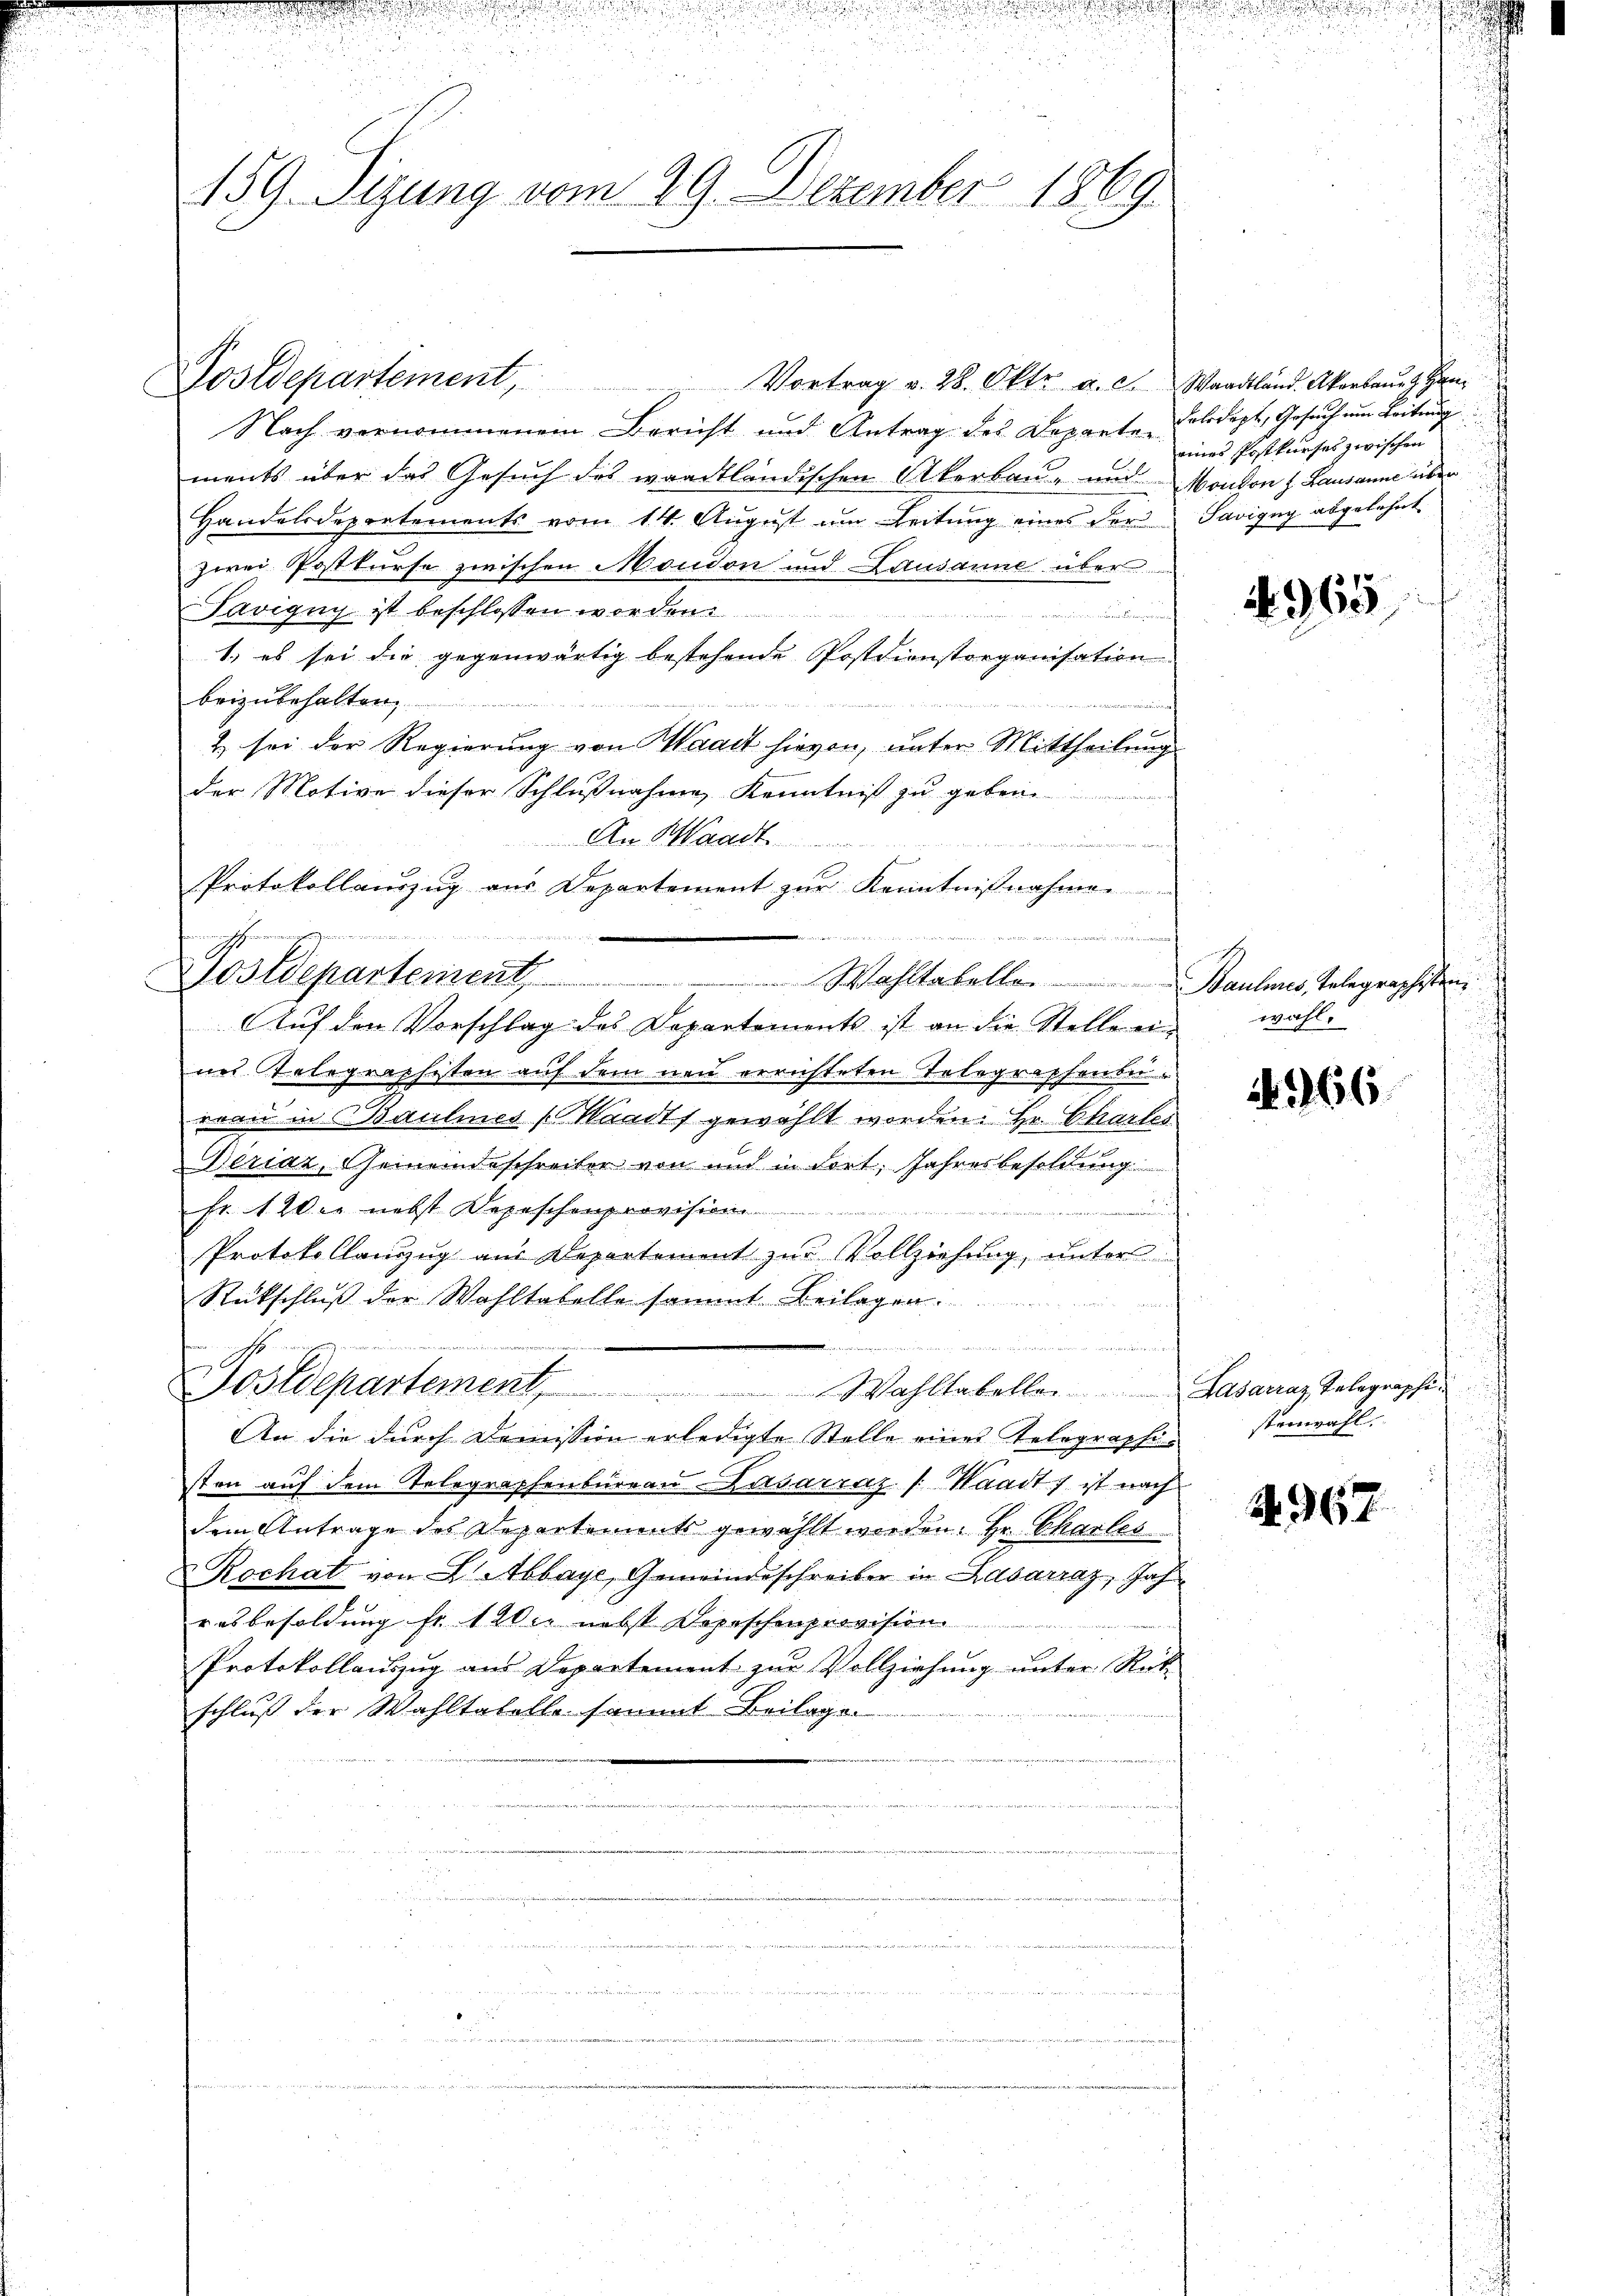
d
n
59. Sizung vom 29. Dezember 1869

An Waadt
Protokollauszug aus Departement zur Kenntnißnahmen
d
machterung

Postdepartement, Vortrag v. 28. Okt. a. c. Waadtländ. Akerbaŭes Han
Nach vernommenem Bericht und Antrag des Departen
ments über das Gesuch des waadtländischen Akerbau- und Mondon z. Lausanne über
Handelsdepartements vom 14. August um Zeitung eines der
zwei Postkurse zwischen Moudon und Lausanne über
Tavigny ist beschlossen worden.

1) es sei die gegenwärtig bestehende Postdienstorganisation
beizubehalten,
2
F
2 sei der Regierung von Waadt hievon, unter Mittheilung
der Motive dieser Schlußnahme, Kenntniß zu geben.
Auf den Vorschlag des Departements ist an die Stelle ein wahl
nes Telegraphisten auf dem neu errichteten Telegraphenbereau in Baulines (Waadt gewählt worden. Hr. Chartes
Deriaz, Gemeindeschreiber von und in Fort, Jahresbesoldung
Fr. 1 20er nebst Depeschenprovisione

Protokollanzug aus Departement zur Vollziehung, unter
Rückschluß der Wahltabelle sammt Beilagen.

Postdepartement. Wahltabelle. Lasacraz, Telegraphi¬
An die durch Demission erledigte Stelle eines Telegraphisten auf dem Telegraphenbüreau Lasarraz /: Waadt) ist nach
dem Antrage des Departements gewählt werden. Hr. Charles
Rochat von Abbaye, Gemeindsschreiber in Labarraz, Jahresbesoldung fr. 1200. nebst Depeschenprovision.
Protokollauszug aus Departement zur Vollziehung unter Rück-
schluß der Wahltatelle sammt Beilagen

Hostdepartement Wohltabelle. Baules, Telegraphisten

net werde

Felodept, Gesuch um Leitung
eines Postkurses zwischen
Savigny abgelehnt

965

466.

stenwahl.

A. 967